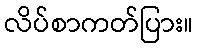
လိပ်စာကတ်ပြား။